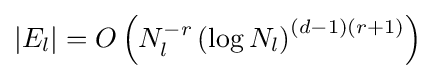
|E_{l}|=O\left(N_{l}^{-r}\left(\log N_{l}\right)^{(d-1)(r+1)}\right)